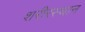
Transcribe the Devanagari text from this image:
शरीरस्थान